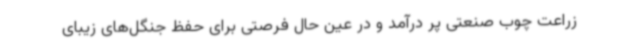
زراعت چوب صنعتی پر درآمد و در عین حال فرصتی برای حفظ جنگل‌های زیبای